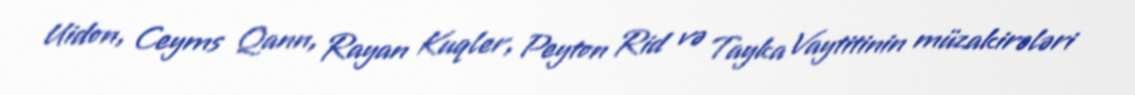
Uidon, Ceyms Qann, Rayan Kuqler, Peyton Rid və Tayka Vaytitinin müzakirələri